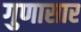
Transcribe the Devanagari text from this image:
गुणासार